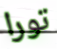
تورا